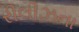
રીલીઝના